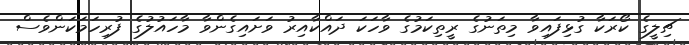
ޗިލީގެ ކޯރަކާ ގުޅިފައިވާ މިތަނުގެ ރީތިކަމުގެ ވާހަކަ ދައްކާއިރު ވަށައިގެންވާ މާހައުލުގެ ފުރިހަމަކަންވެސް